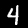
Digit: 4